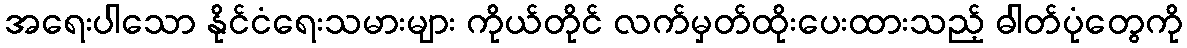
အရေးပါသော နိုင်ငံရေးသမားများ ကိုယ်တိုင် လက်မှတ်ထိုးပေးထားသည့် ဓါတ်ပုံတွေကို